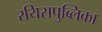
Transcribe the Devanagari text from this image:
रयिसपुब्लिका